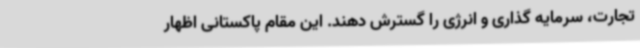
تجارت، سرمایه گذاری و انرژی را گسترش دهند. این مقام پاکستانی اظهار